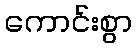
ကောင်းစွာ